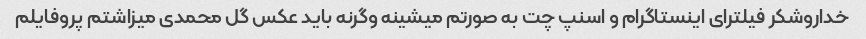
خداروشکر فیلترای اینستاگرام و اسنپ چت به صورتم میشینه وگرنه باید عکس گل محمدی میزاشتم پروفایلم